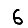
Digit: 6